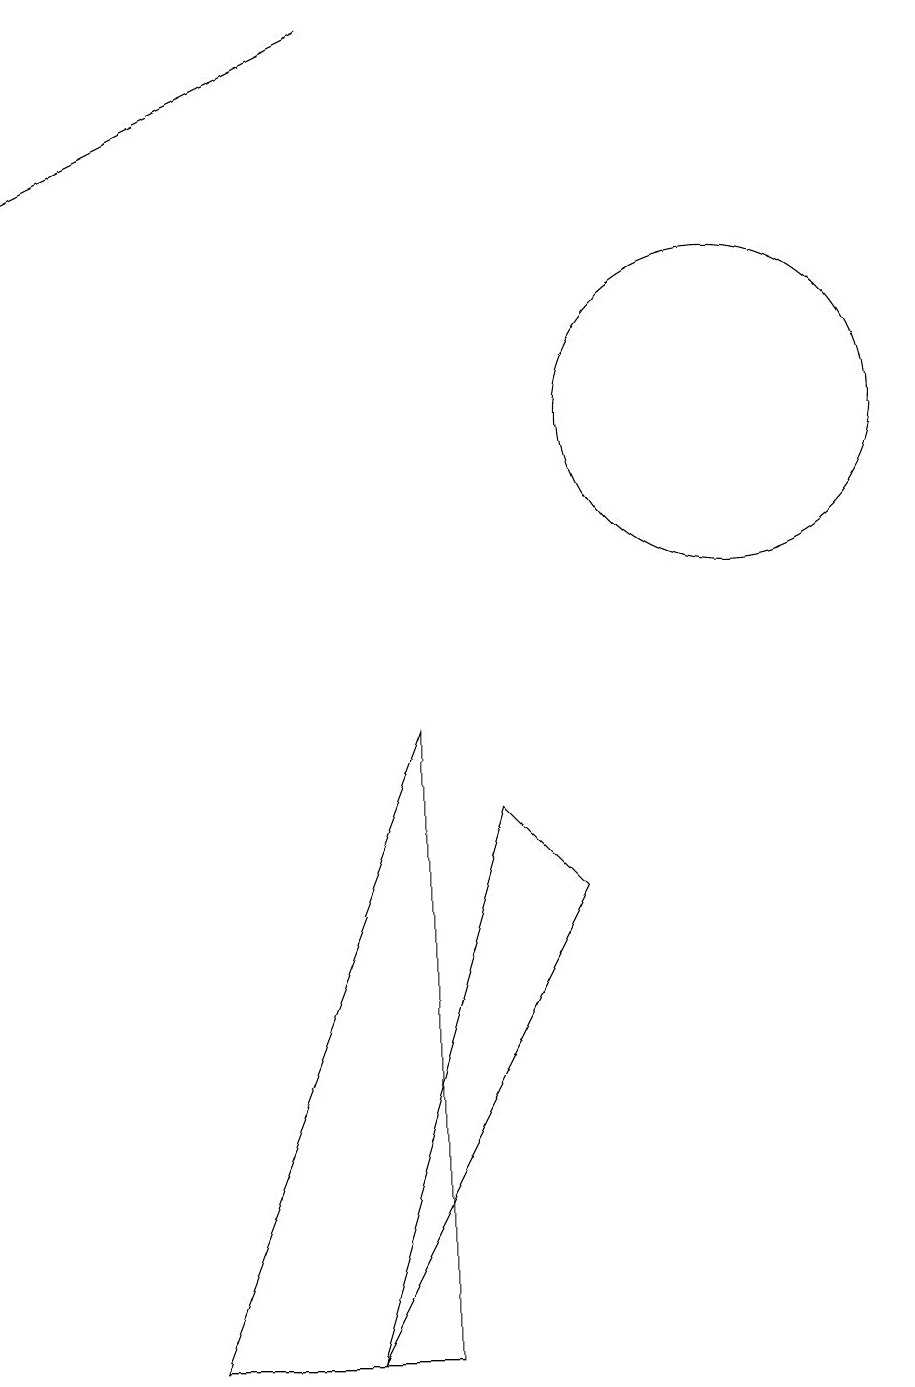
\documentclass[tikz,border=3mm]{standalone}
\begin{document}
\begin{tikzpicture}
\draw (3,0) -- (6,0) -- (6,8) -- cycle;
\draw[->] (5,17) -- (1,15);
\draw (10,12) circle (2);
\draw (8,6) -- (5,0) -- (7,7) -- cycle;
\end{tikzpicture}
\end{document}